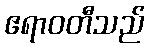
ဧရာဝတီသည်